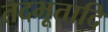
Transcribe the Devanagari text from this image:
तदभूतादि